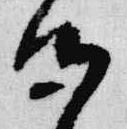
候